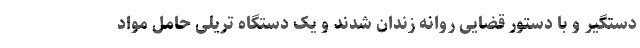
دستگیر و با دستور قضایی روانه زندان شدند و یک دستگاه تریلی حامل مواد